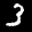
Label: 3